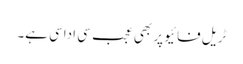
ٹریل فائیو پر بھی عجب سی اداسی ہے۔